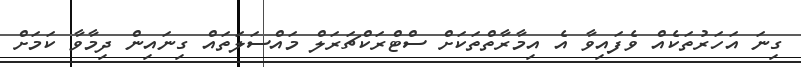
ގިނަ އަހަރުތަކެއް ވެފައިވާ އެ އިމާރާތްތަކަށް ސްޓްރަކްޗަރަލް މައްސަލަތައް ގިނައިން ދިމާވާ ކަމަށް